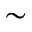
\sim